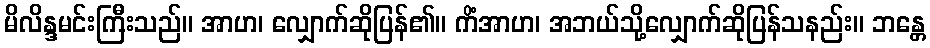
မိလိန္ဒမင်းကြီးသည်။ အာဟ၊ လျှောက်ဆိုပြန်၏။ ကိံအာဟ၊ အဘယ်သို့လျှောက်ဆိုပြန်သနည်း။ ဘန္တေ